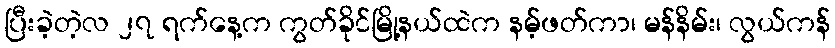
ပြီးခဲ့တဲ့လ ၂၇ ရက်နေ့က ကွတ်ခိုင်မြို့နယ်ထဲက နမ့်ဖတ်ကာ၊ မန်နိမ်း၊ လွယ်ကန်